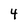
Character: 4